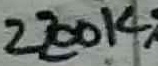
Text: 2200K